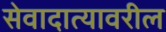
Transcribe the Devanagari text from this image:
सेवादात्यावरील